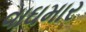
વાઘમાર